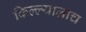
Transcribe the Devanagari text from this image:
किल्ल्यालाच